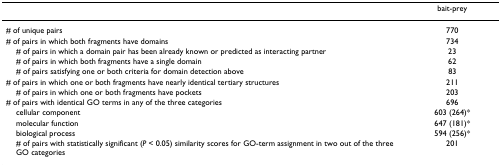
|  | bait-prey |
 | --- | --- |
 | # of unique pairs | 770 |
 | # of pairs in which both fragments have domains | 734 |
 | # of pairs in which a domain pair has been already known or predicted as interacting partner | 23 |
 | # of pairs in which both fragments have a single domain | 62 |
 | # of pairs satisfying one or both criteria for domain detection above | 83 |
 | # of pairs in which one or both fragments have nearly identical tertiary structures | 211 |
 | # of pairs in which one or both fragments have pockets | 203 |
 | # of pairs with identical GO terms in any of the three categories | 696 |
 | cellular component | 603 (264)* |
 | molecular function | 647 (181)* |
 | biological process | 594 (256)* |
 | # of pairs with statistically significant (P < 0.05) similarity scores for GO-term assignment in two out of the three GO categories | 201 |